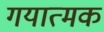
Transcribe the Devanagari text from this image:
गयात्मक